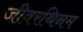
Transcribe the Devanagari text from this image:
जीवरथिनम